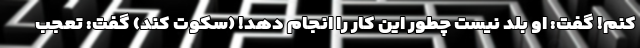
کنم! گفت: او بلد نیست چطور این کار را انجام دهد! (سکوت کند) گفت: تعجب